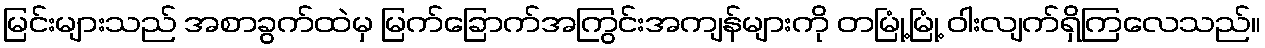
မြင်းများသည် အစာခွက်ထဲမှ မြက်ခြောက်အကြွင်းအကျန်များကို တမြုံ့မြုံ့ ဝါးလျက်ရှိကြလေသည်။